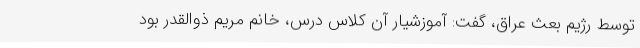
توسط رژیم بعث عراق، گفت: آموزشیار آن کلاس درس، خانم مریم ذوالقدر بود